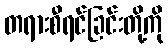
တရားစီရင်ခြင်းတို့ကို